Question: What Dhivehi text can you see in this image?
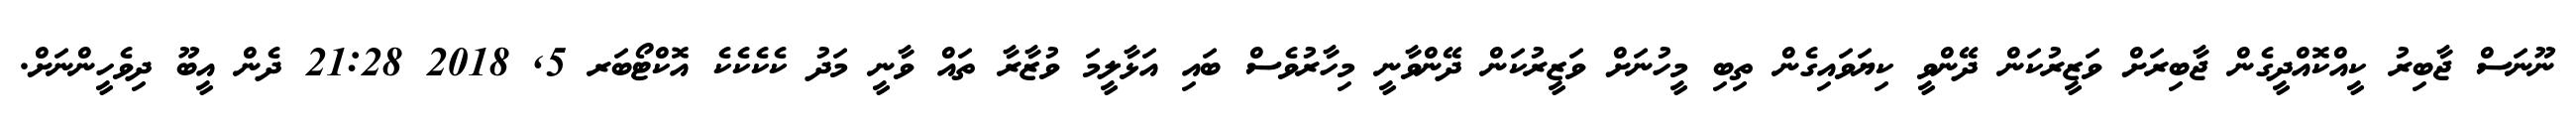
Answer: ނޫނަސް ޖާބިރު ކީއްކޮއްދީގެން ޖާބިރަށް ވަޒީރުކަން ދޭންވީ ކިޔަވައިގެން ތިބި މީހުނަށް ވަޒީރުކަން ދޭންވާނީ މިހާރުވެސް ބައި އަޅާލީމަ ވުޒާރާ ތައް ވާނީ މަދު ކެކެކެކެ އޮކްޓޯބަރ 5, 2018 21:28 ދެން އީބޫ ދިވެހީންނަށް.